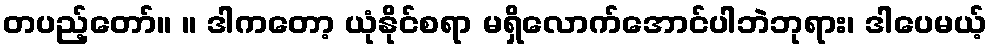
တပည့်တော်။ ။ ဒါကတော့ ယုံနိုင်စရာ မရှိလောက်အောင်ပါဘဲဘုရား၊ ဒါပေမယ့်